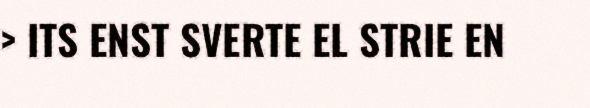
> ITS ENST SVERTE EL STRIE EN